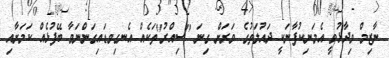
ނާޒިމް ވިދާޅުވީ އެމަނިކުފާނަކީ ދައުލަތުގެ ވަރަށް ގިނަ "ސިއްރު"ތަކެއް އެނގިވޑައިގަންނަވާ ބޭފުޅެއް ކަމަށާއި